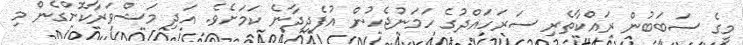
މީގެ ސަބަބުން ރައްކާތެރި ސަރަހައްދުގެ ހަމަނުޖެހުން އުފެދިދާނެ ކަމަށެވެ. އަދި މަޝްވަރާކޮށްގެން މި